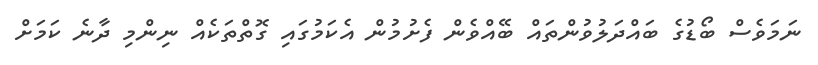
ނަމަވެސް ބޯޑުގެ ބައްދަލުވުންތައް ބޭއްވެން ފެށުމުން އެކަމުގައި ގޮތްތަކެއް ނިންމި ދާނެ ކަމަށް